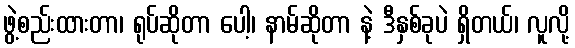
ဖွဲ့စည်းထားတာ၊ ရုပ်ဆိုတာ ပေါ့၊ နာမ်ဆိုတာ နဲ့ ဒီနှစ်ခုပဲ ရှိတယ်၊ လူလို့